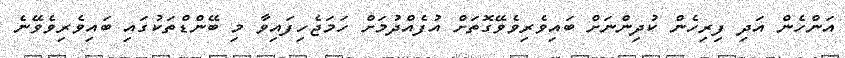
އަންހެން އަދި ފިރިހެން ކުދިންނަށް ބައިވެރިވެވޭގޮތަށް އުފެއްދުމަށް ހަމަޖެހިފައިވާ މި ބޭންޑްތަކުގައި ބައިވެރިވެވޭނެ